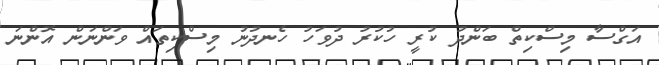
އަގްސާ މިސްކިތް ބަންދު ކުރީ ހުކުރު ދުވަހު ހެނދުނު މިސްކިތައް ވަންނަން އޮންނަ